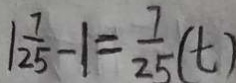
\vert \frac { 7 } { 2 5 } - \vert = \frac { 7 } { 2 5 } ( t )